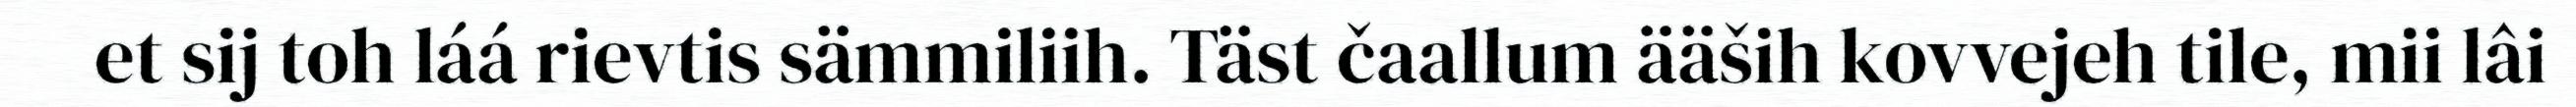
et sij toh láá rievtis sämmiliih. Täst čaallum ääših kovvejeh tile, mii lâi